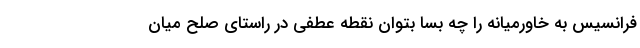
فرانسیس به خاورمیانه را چه بسا بتوان نقطه عطفی در راستای صلح میان